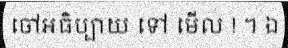
ចៅអធិប្បាយ ទៅ មើល ! ។ ឯ